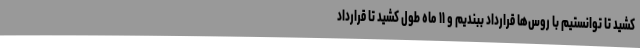
کشید تا توانستیم با روس‌ها قرارداد ببندیم و ۱۱ ماه طول کشید تا قرارداد